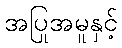
အပြုအမူနှင့်